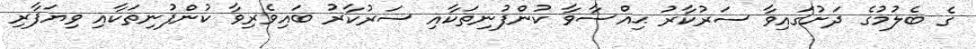
ގެ ބެލުމުގެ ދަށުގައިވާ ސަރުކާރު ޙިއްސާވާ ކުންފުނިތަކާއި ސަރުކާރު ބައިވެރިވާ ކުންފުނިތަކާއި ވިޔަފާރި